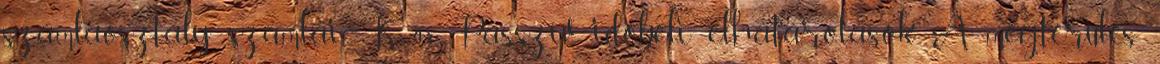
számlaosztály számlái K 48. Passzív időbeli elhatárolások A megtérülés